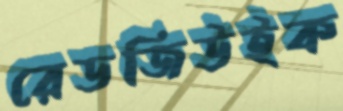
রেডজিউইক